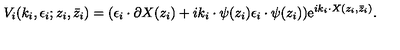
V _ { i } ( k _ { i } , \epsilon _ { i } ; z _ { i } , \bar { z } _ { i } ) = ( \epsilon _ { i } \cdot \partial X ( z _ { i } ) + i k _ { i } \cdot \psi ( z _ { i } ) \epsilon _ { i } \cdot \psi ( z _ { i } ) ) \mathrm { e } ^ { i k _ { i } \cdot X ( z _ { i } , \bar { z } _ { i } ) } .